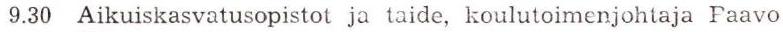
9.30 Aikuiskasvatusopistot ja taide, koulutoimenjohtaja Paavo